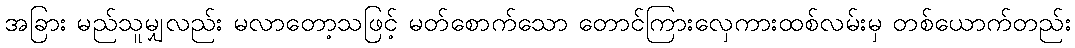
အခြား မည်သူမျှလည်း မလာတော့သဖြင့် မတ်စောက်သော တောင်ကြားလှေကားထစ်လမ်းမှ တစ်ယောက်တည်း